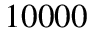
1 0 0 0 0